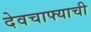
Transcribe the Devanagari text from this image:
देवचाफ्याची